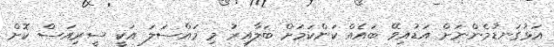
އަޅުގަނޑުމެންނަށް އަޑުއިވޭ ބައެއް ކަންކަމަށް ބަލާއިރު މި މައްސަލަ އަކީ ސީރިއަސް ކޮށް